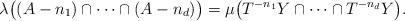
LaTeX: \begin{align*} \lambda \big((A-n_1) \cap \cdots \cap (A-n_d) \big) = \mu \big( T^{-n_1} Y \cap \cdots \cap T^{-n_d} Y \big).\end{align*}